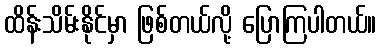
ထိန်းသိမ်းနိုင်မှာ ဖြစ်တယ်လို့ ပြောကြပါတယ်။